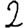
Digit: 2